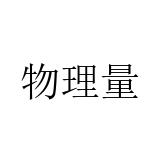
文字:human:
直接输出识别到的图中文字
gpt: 物理量